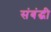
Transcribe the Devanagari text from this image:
संबंद्घी